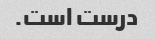
درست است.